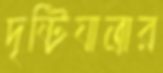
দৃষ্টিযাত্রার